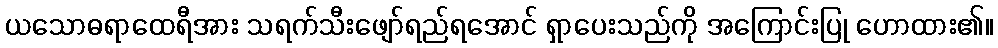
ယသောဓရာထေရီအား သရက်သီးဖျော်ရည်ရအောင် ရှာပေးသည်ကို အကြောင်းပြု ဟောထား၏။